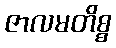
ဇာလမတိစ္စ